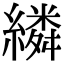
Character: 繗